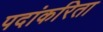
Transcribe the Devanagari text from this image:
पदांकरिता